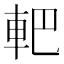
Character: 𨊹